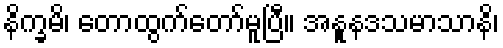
နိက္ခမိ၊ တောထွက်တော်မူပြီ။ အနူနဒသမာသာနိ၊